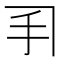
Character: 𫼓